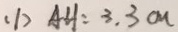
( 1 ) A H : 3 . 3 c m